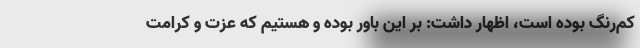
کم‌رنگ بوده است، اظهار داشت: بر این باور بوده و هستیم که عزت و کرامت